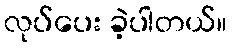
လုပ်ပေး ခဲ့ပါတယ်။